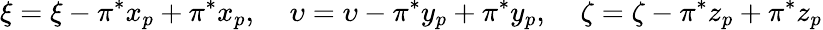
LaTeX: \xi=\xi-\pi^{*}x_{p}+\pi^{*}x_{p},\: \: \: \: \: \upsilon=\upsilon-\pi^{*}y_{p}+\pi^{*}y_{p},\: \: \: \: \: \zeta=\zeta-\pi^{*}z_{p}+\pi^{*}z_{p}